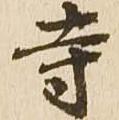
寺